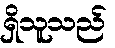
ရှိသူသည်